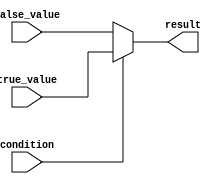
module conditional_operator (
    input wire condition,
    input wire true_value,
    input wire false_value,
    output reg result
);

always @(*) begin
    if (condition) begin
        result = true_value;
    end else begin
        result = false_value;
    end
end

endmodule